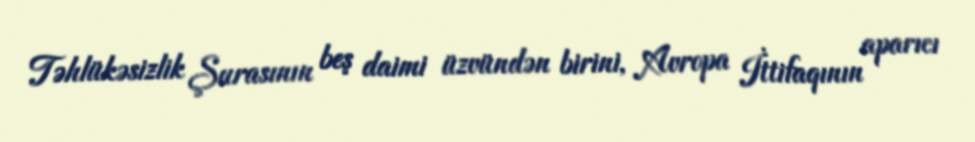
Təhlükəsizlik Şurasının beş daimi üzvündən birini, Avropa İttifaqının aparıcı